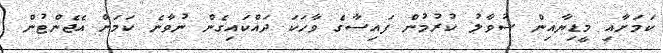
ކަމަށާއި މީޑިޔާއިން ސުވާލު ކުރުމުން ފައިސާގެ ވާހަކަ ދައްކައިގެން ނުވާނެ ކަމަށް އެޖެންޓުން